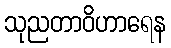
သုညတာဝိဟာရေန